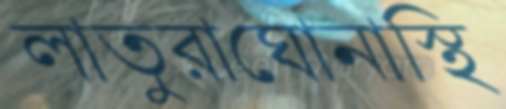
লাতুরাঘোনাস্থি